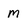
Character: M